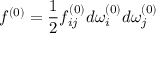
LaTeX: f ^ { ( 0 ) } = \frac { 1 } { 2 } f _ { i j } ^ { ( 0 ) } d \omega _ { i } ^ { ( 0 ) } d \omega _ { j } ^ { ( 0 ) }